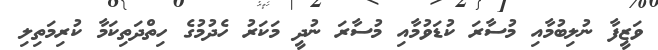
ވަޒީފާ ނުލިބުމާއި މުސާރަ ކުޑަވުމާއި މުސާރަ ނުދީ މަކަރު ހެދުމުގެ ހިތްދަތިކަމާ ކުރިމަތިލި